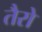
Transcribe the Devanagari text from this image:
तैरो